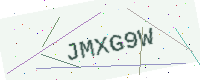
Text: JMXG9W